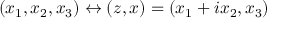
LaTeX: ( x _ { 1 } , x _ { 2 } , x _ { 3 } ) \leftrightarrow ( z , x ) = ( x _ { 1 } + i x _ { 2 } , x _ { 3 } )